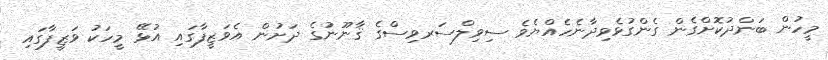
މީހުން ބަންދުކޮށްގެން ގެންގުޅެވިދާނެހެއްޔެވެ ސިވިލްސަރވިސްގެ ޤާނޫނުގެ ދަށުން އެވަޒީފާގައި އުޅޭ މީހަކު ވަޒީފާގައި